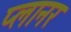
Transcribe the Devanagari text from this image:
प्‍लानर